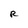
Character: R